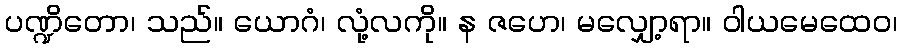
ပဏ္ဍိတော၊ သည်။ ယောဂံ၊ လုံ့လကို။ န ဇဟေ၊ မလျှော့ရာ။ ဝါယမေထေဝ၊